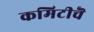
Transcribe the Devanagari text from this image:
कमिटीचॆ